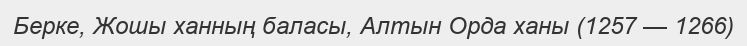
Берке, Жошы ханның баласы, Алтын Орда ханы (1257 — 1266)